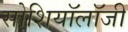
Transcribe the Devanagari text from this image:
सोशियॉलॉजी